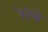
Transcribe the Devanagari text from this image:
रेनेचे